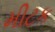
મીટક